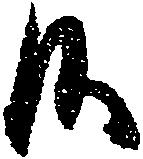
候